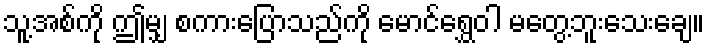
သူ့အစ်ကို ဤမျှ စကားပြောသည်ကို မောင်ရွှေဝါ မတွေ့ဘူးသေးချေ။